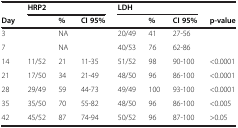
<table><thead><tr><td><b> </b></td><td colspan="3"><b>HRP2</b></td><td colspan="3"><b>LDH</b></td><td><b> </b></td></tr><tr><td><b>Day</b></td><td><b> </b></td><td><b>%</b></td><td><b>CI 95%</b></td><td><b> </b></td><td><b>%</b></td><td><b>CI 95%</b></td><td><b>p-value</b></td></tr></thead><tbody><tr><td>3</td><td> </td><td>NA</td><td> </td><td>20/49</td><td>41</td><td>27-56</td><td> </td></tr><tr><td>7</td><td> </td><td>NA</td><td> </td><td>40/53</td><td>76</td><td>62-86</td><td> </td></tr><tr><td>14</td><td>11/52</td><td>21</td><td>11-35</td><td>51/52</td><td>98</td><td>90-100</td><td>&lt;0.0001</td></tr><tr><td>21</td><td>17/50</td><td>34</td><td>21-49</td><td>48/50</td><td>96</td><td>86-100</td><td>&lt;0.0001</td></tr><tr><td>28</td><td>29/49</td><td>59</td><td>44-73</td><td>49/49</td><td>100</td><td>93-100</td><td>&lt;0.0001</td></tr><tr><td>35</td><td>35/50</td><td>70</td><td>55-82</td><td>48/50</td><td>96</td><td>86-100</td><td>&lt;0.005</td></tr><tr><td>42</td><td>45/52</td><td>87</td><td>74-94</td><td>50/52</td><td>96</td><td>87-100</td><td>&gt;0.05</td></tr></tbody></table>